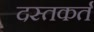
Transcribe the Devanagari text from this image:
दस्तकर्त